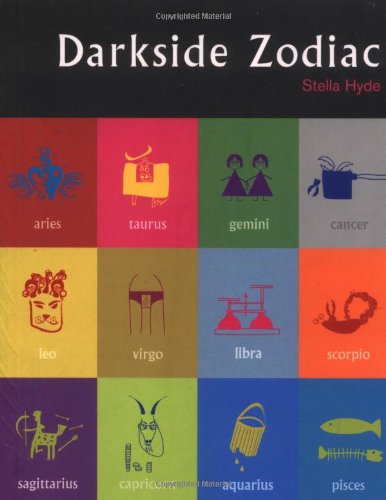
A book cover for Darkside Zodiac; Stella Hyde; Religion & Spirituality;